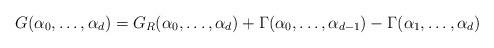
LaTeX: \begin{align*} G(\alpha_0,\dots,\alpha_d) = G_R(\alpha_0,\dots,\alpha_d)+\Gamma(\alpha_0,\dots,\alpha_{d-1})-\Gamma(\alpha_1,\dots,\alpha_d)\end{align*}